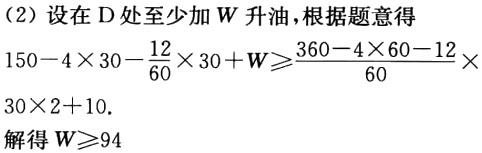
（2）设在D处至少加\(W\)升油，根据题意得
\[
150 - 4\times30 - \frac{12}{60}\times30 + W\geqslant360 - 4\times60 - \frac{12}{60}\times30\times2 + 10.
\]
解得\(W\geqslant94\)